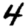
Digit: 4